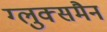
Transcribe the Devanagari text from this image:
ग्लुक्समैन